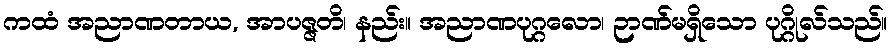
ကထံ အညာဏတာယ, အာပဇ္ဇတိ၊ နည်း။ အညာဏပုဂ္ဂလော၊ ဉာဏ်မရှိသော ပုဂ္ဂိုလ်သည်။